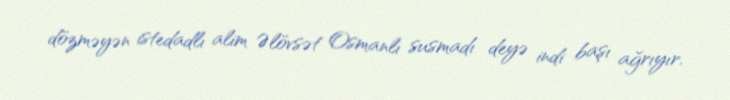
dözməyən istedadlı alim Əlövsət Osmanlı susmadı deyə indi başı ağrıyır.